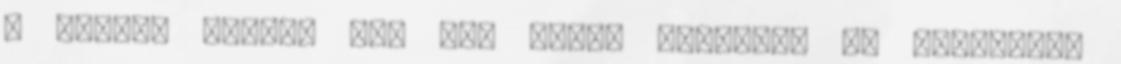
a jóból, amikor egy hét múlva esedékes az esedékes?